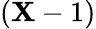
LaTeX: (\mathbf{X}-1)